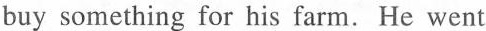
buy something for his farm. He went